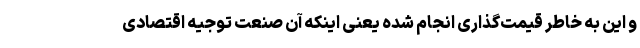
و این به خاطر قیمت‌گذاری انجام شده یعنی اینکه آن صنعت توجیه اقتصادی